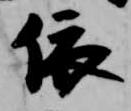
依